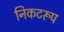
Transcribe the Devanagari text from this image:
निकटरूप